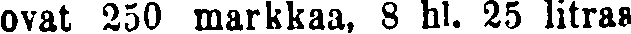
ovat 250 markkaa, 8 hl. 25 litraa